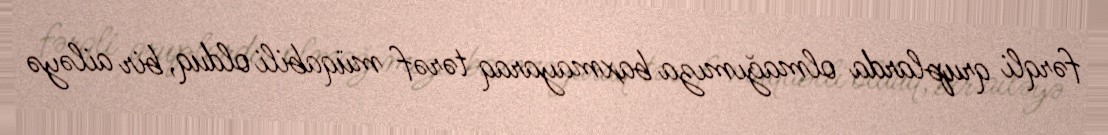
fərqli qruplarda olmağımıza baxmayaraq tərəf müqabili olduq, bir ailəyə